Notes on vaccination in the North-West Frontier Province 1923-1928 - 1923-1928
Year: 1923
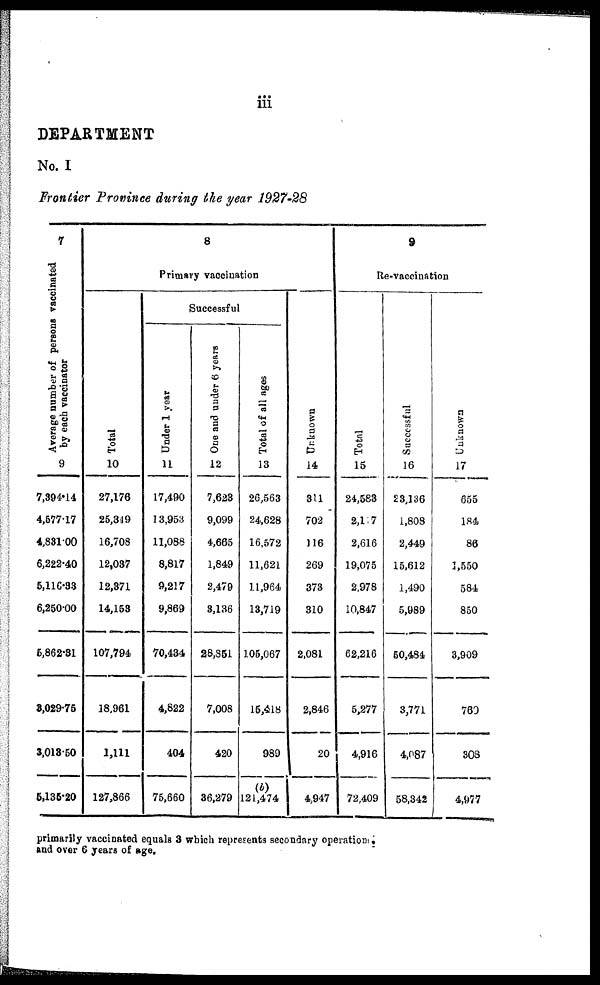
iii
DEPARTMENT
No. I
Frontier Province during the year 1927-28
7
Average number of persons vaccinated
by each vaccinator
9
7,394.14
4,577.17
4,831.00
6,222.40
5,116.33
6,250.00
5,862.31
3,029.75
3,013.50
5,135.20
8
Primary vaccination
Total
10
27,176
25,349
16,708
12,037
12,371
14,153
107,794
18,961
1,111
127,866
Successful
Under 1 year
11
17,490
13,953
11,088
8,817
9,217
9,869
70,434
4,822
404
75,660
One and under 6 years
12
7,623
9,099
4,665
1,849
2,479
3,136
28,851
7,008
420
36,279
Total of all ages
13
26,563
24,628
16,572
11,621
11,964
13,719
105,067
15,418
989
(b)
121,474
Unknown
14
311
702
116
269
373
310
2,081
2,846
20
4,947
9
Re-vaccination
Total
15
24,583
2,117
2,616
19,075
2,978
10,847
62,216
5,277
4,916
72,409
Successful
16
23,136
1,808
2,449
15,612
1,490
5,989
50,484
3,771
4,087
58,342
Unknown
17
655
184
86
1,550
584
850
3,909
760
308
4,977
primarily vaccinated equals 3 which represents secondary operations.
and over 6 years of age.